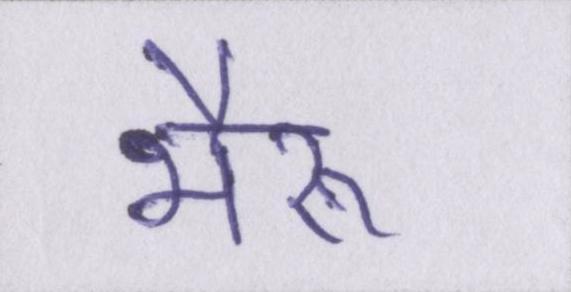
भैरू